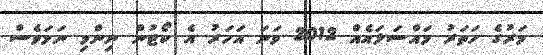
މަރުގެ ހަތަރު މައްސަލައެއް 2012 ވަނަ އަހަރު އެ ކޯޓުން ނިންމި ނަމަވެސް